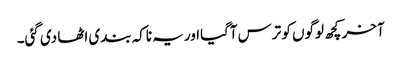
آخر کچھ لوگوں کو ترس آگیااور یہ ناکہ بندی اٹھا دی گئی۔